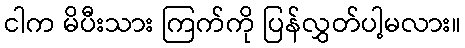
ငါက မိပီးသား ကြက်ကို ပြန်လွှတ်ပါ့မလား။